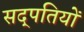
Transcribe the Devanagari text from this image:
सद्पतियों